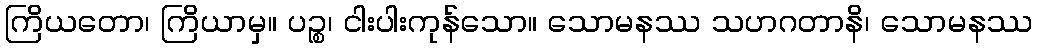
ကြိယတော၊ ကြိယာမှ။ ပဉ္စ၊ ငါးပါးကုန်သော။ သောမနဿ သဟဂတာနိ၊ သောမနဿ